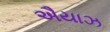
ઐયાઝ